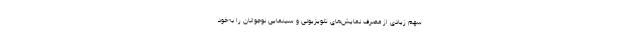
سهم زیادی از مصرف نمایش‌های تلویزیونی و سینمایی نوجوانان را به‌خود